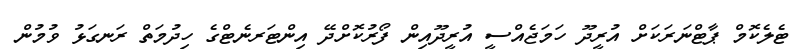
ޓެލެކޮމް ޕާޓްނަރަކަށް އުރީދޫ ހަމަޖެއްސީ އުރީދޫއިން ފޯރުކޮށްދޭ އިންޓަރނެޓްގެ ހިދުމަތް ރަނގަޅު ވުމުން